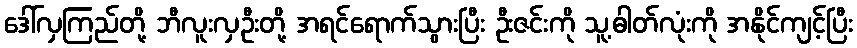
ဒေါ်လှကြည်တို့ ဘီလူးလှဦးတို့ အရင်ရောက်သွားပြီး ဦးဇင်းကို သူ့ဓါတ်လုံးကို အနိုင်ကျင့်ပြီး